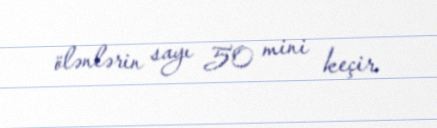
ölənlərin sayı 50 mini keçir.